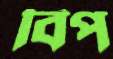
বিপ